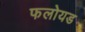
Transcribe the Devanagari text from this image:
फलोयड